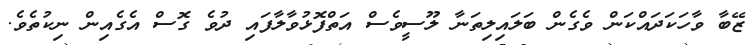
ޒޭބާ ވާހަކަދައްކަން ވެގެން ބަލައިލިތަނާ ލޫސީވެސް އަތްފޮޅުވާލާފައި ދުވެ ގޮސް އެގެއިން ނިކުތެވެ.